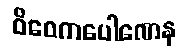
ဝိဝေကပေါဏေန